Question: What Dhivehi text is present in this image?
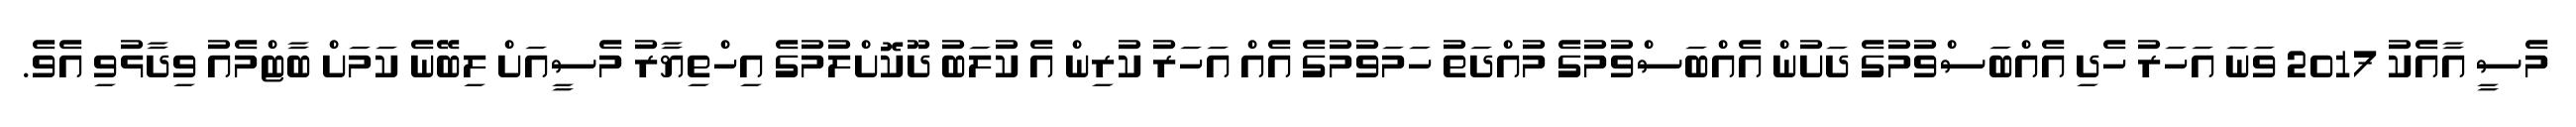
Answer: މެސީ އާއެކު 2017 ވަނަ އަހަރު ހެދި އެއްބަސްވުމުގެ ދަށުން އެއްބަސްވުމުގެ މުއްދަތު ހަމަވުމުގެ އެއް އަހަރު ކުރިން އެ ކުލަބު ދޫކޮށްލުމުގެ އިހްތިޔާރު މެސީއަށް ލިބޭނެ ކަމަށް ބާޓްމެއު ވިދާޅުވި އެވެ.